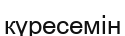
күресемін